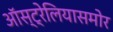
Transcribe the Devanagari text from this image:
ऑस्ट्रेलियासमोर